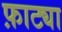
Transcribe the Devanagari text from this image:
फ़ाट्या